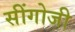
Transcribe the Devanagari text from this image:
सींगोजी